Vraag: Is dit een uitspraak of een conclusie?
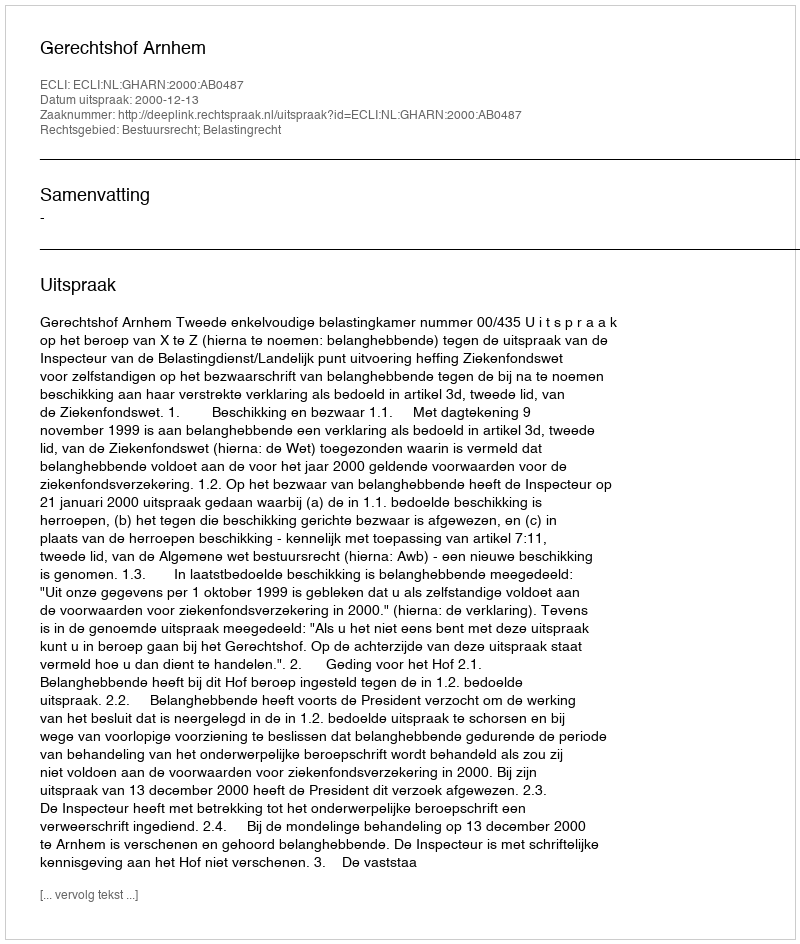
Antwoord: Uitspraak